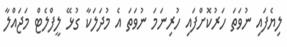
ލިޔެފައި ނުވަތަ ހަރުކޮށްފައި ހުރިނަމަ ނުވަތަ އެ މުދަލަކާ ގުޅޭ ލީފްލެޓް މަޖައްލާ